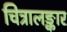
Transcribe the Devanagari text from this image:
चित्रालङ्कार